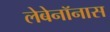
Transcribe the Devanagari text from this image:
लेबेनॉनास